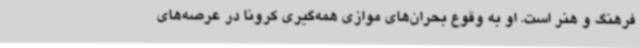
فرهنگ و هنر است. او به وقوع بحران‌های موازی همه‌گیری کرونا در عرصه‌های